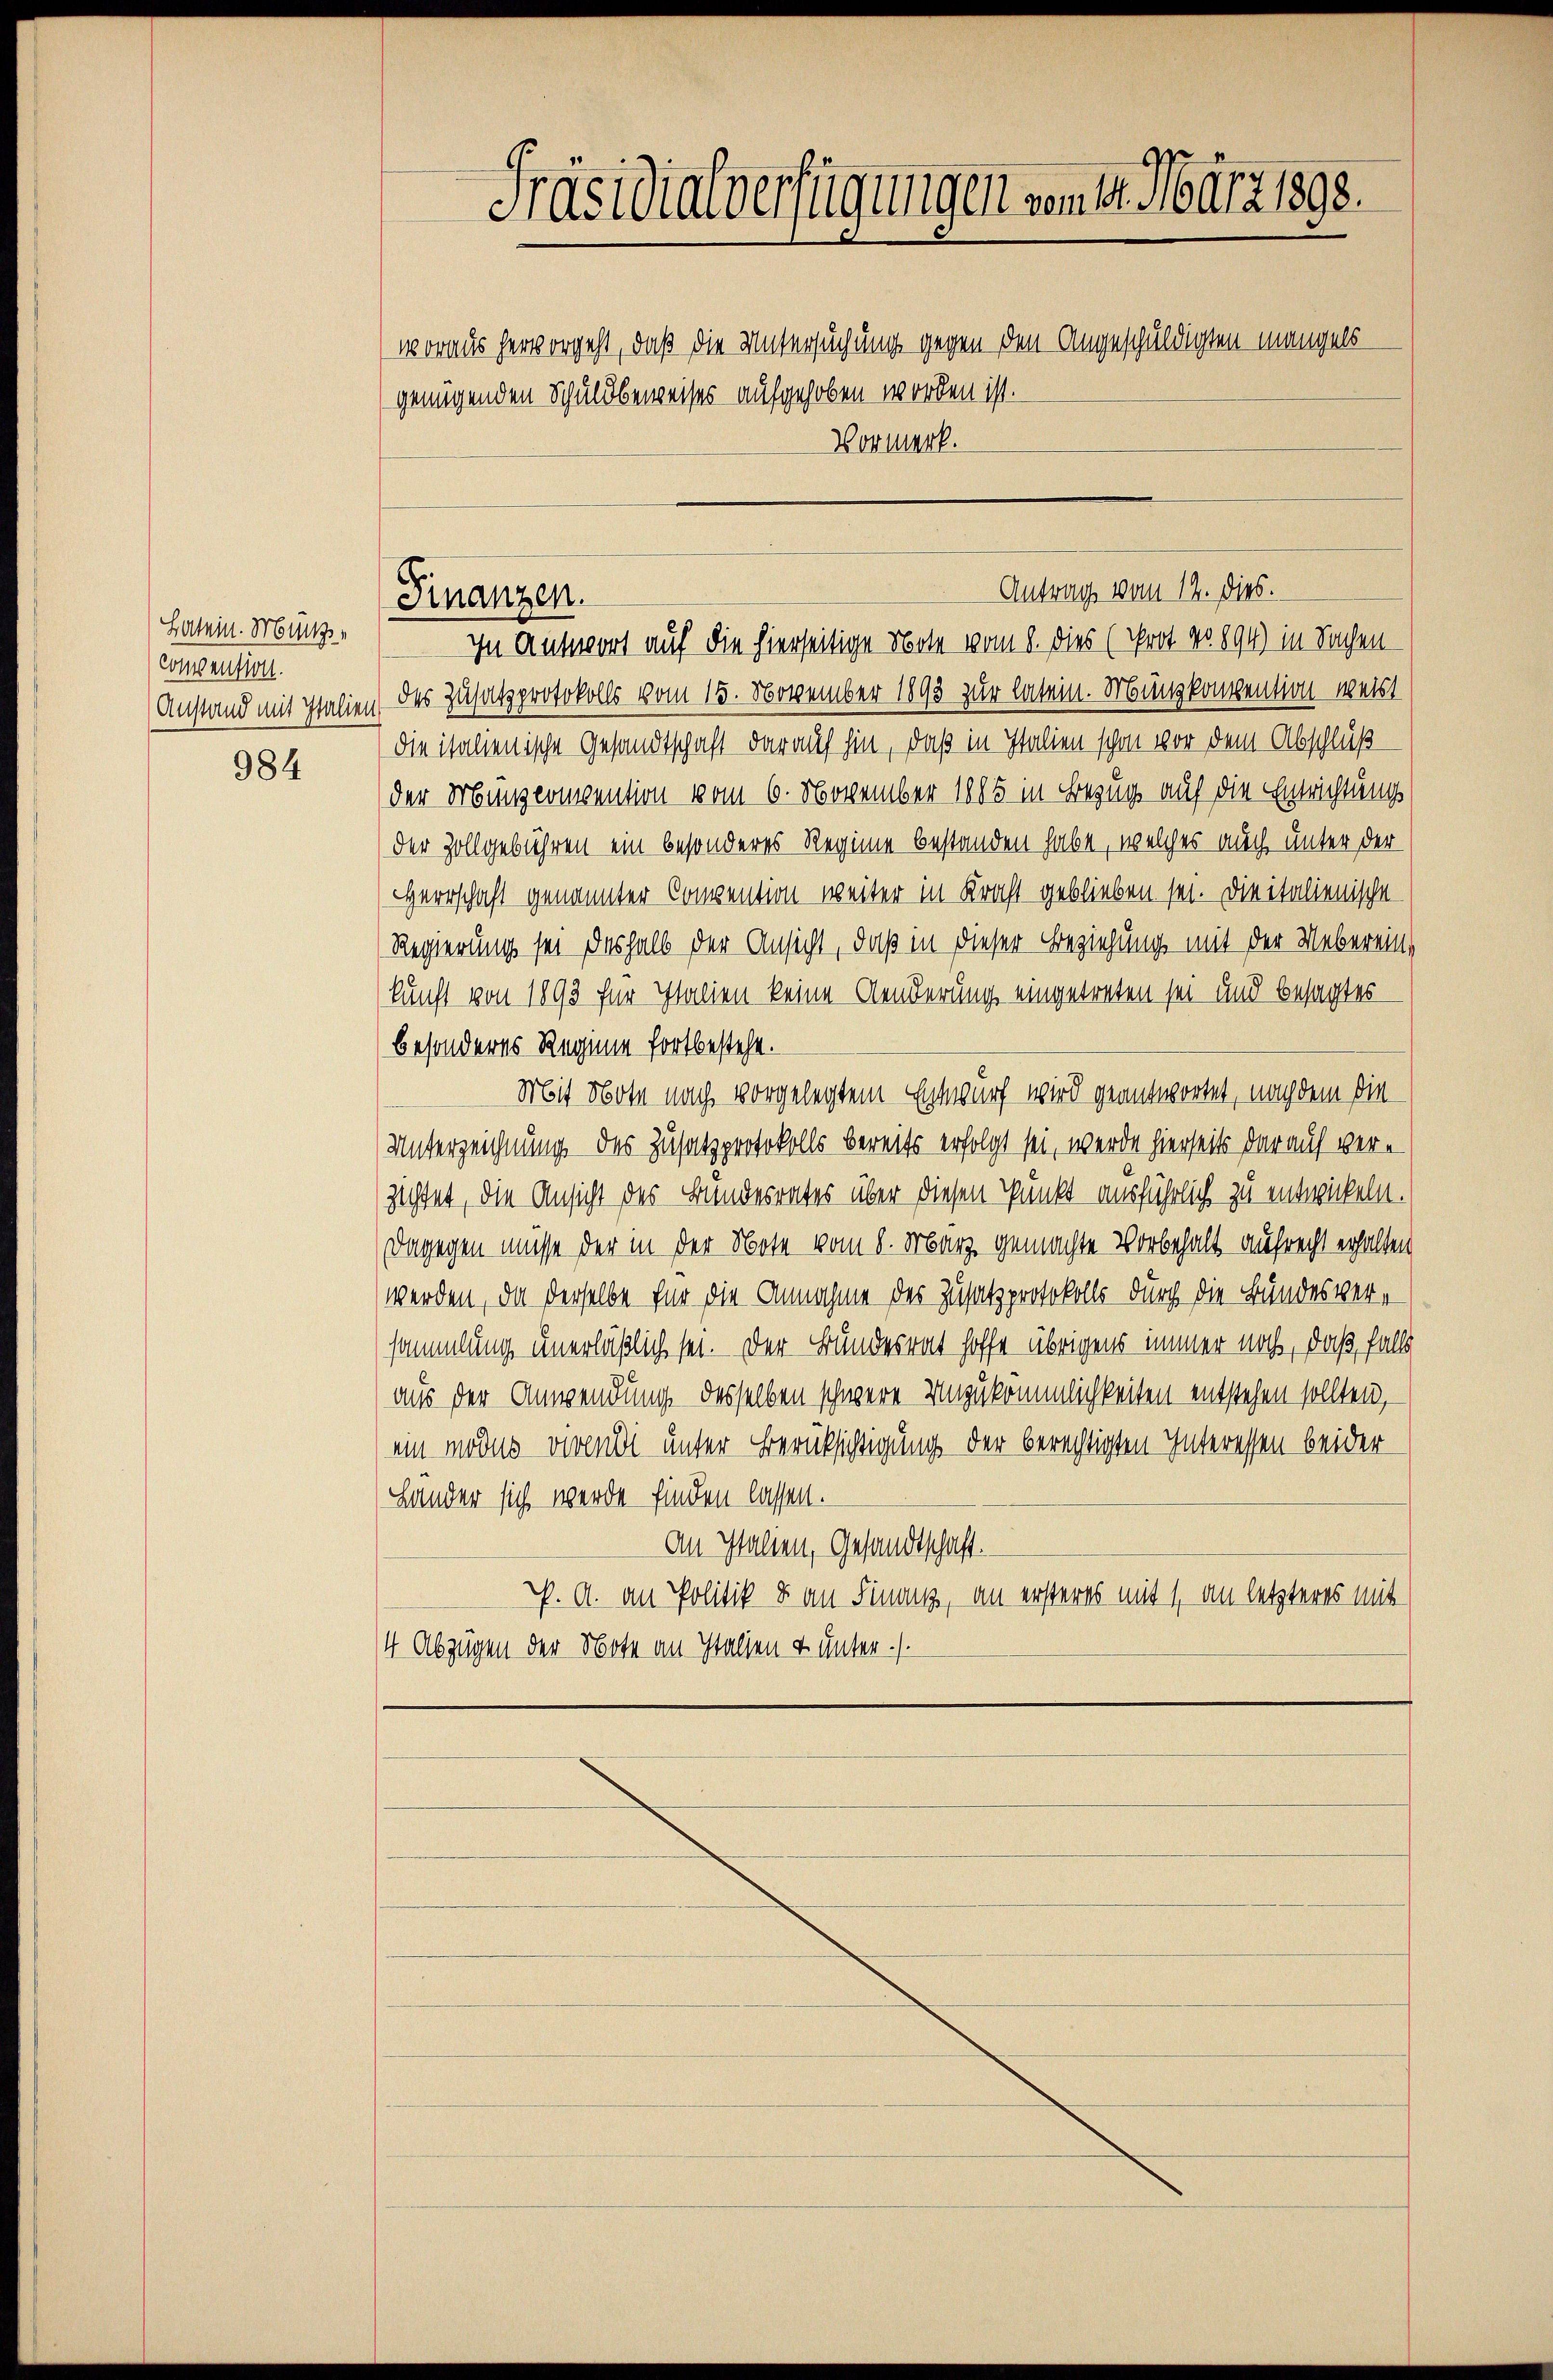
Latein. Münz¬
Convention.
984

Präsidialverfügungen vom 14. März 1898.
woraus hervorgeht, daß die Untersuchung gegen den Angeschuldigten mangels
genügenden Schuldbeweises aufgehoben worden ist.
Vormerk.

Antrag vom 12. dies.
Finanzen.
In Antwort auf die hierseitige Note vom 8. dies (Prot. No. 894) in Sachen

Anstand mit Italien des Zusatzprotokolls vom 15. November 1893 zur latein. Münzkonvention weist
die italienische Gesandtschaft darauf hin, daß in Italien schon vor dem Abschluß
der Münzcommention vom 6. November 1885 in Bezug auf die Entrichtung
der Zollgebühren ein besonderes Regime bestanden habe, welches auch unter der
Herrschaft genannter Compention weiter in Kraft geblieben sei. Die italienische
Regierung sei deshalb der Ansicht, daß in dieser Beziehung mit der Webereinkunft von 1893 für Italien keine Aenderung eingetreten sei und besagtes
besonderes Reginne fortbesteht.
Mit Note nach vorgelegtem Entwurf wird geantwortet, nach dem die
Unterzeichnung des Zusatzprotokolls bereits erfolgt sei, werde hierseits darauf verzichtet, die Ansicht des Bundesrates über diesen Punkt ausführlich zu entwickeln.
Dagegen müsse der in der Note vom 8. März gemachte Vorbehalt aufrecht erhalten
werden, da derselbe für die Annahme des Zusatzprotokolls durch die Bundesversammlung unerläßlich sei. Der Bundesrat hoffe übrigens immer noch, daß falls
aus der Anwendung desselben schwere Unzukömmlichkeiten entstehen sollten,
ein modus vivendi unter Berücksichtigung der berechtigten Interessen beider
Länder sich werde finden lassen.
An Italien, Gesandtschaft.
K. A. an Politik & an Finanz, an ersteres mit 1, an letzteres mit
4 Abzügen der Note an Italien & unter ./.